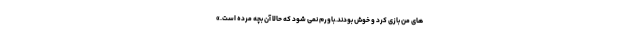
های من بازی کرد و خوش بودند.باورم نمی شود که حالا آن بچه مرده است.»